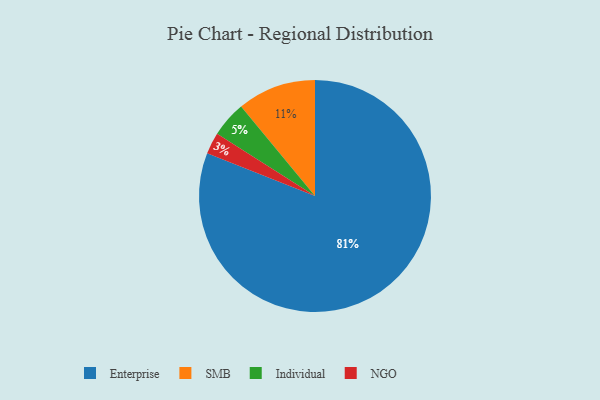
{"axis": {"x": "Category", "y": "Percentage"}, "legend": ["Enterprise", "Individual", "NGO", "SMB"], "data": [{"x": "SMB", "y": 11, "type": "SMB"}, {"x": "Enterprise", "y": 81, "type": "Enterprise"}, {"x": "Individual", "y": 5, "type": "Individual"}, {"x": "NGO", "y": 3, "type": "NGO"}]}